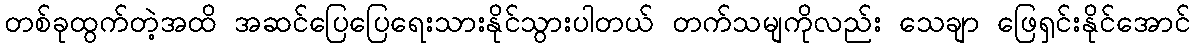
တစ်ခုထွက်တဲ့အထိ အဆင်ပြေပြေရေးသားနိုင်သွားပါတယ် တက်သမျကိုလည်း သေချာ ဖြေရှင်းနိုင်အောင်